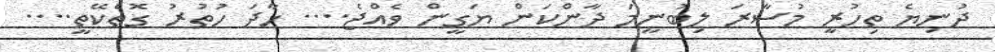
ދުނިޔެ ތިހުރީ މުސާރަ ލިބުނީމަ ދާންކަން ޔަގީން ވެއްޖެ.... ހާދަ ހުތުރު ގޮތެކޭތީ....